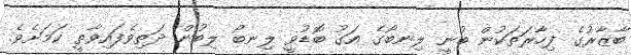
ބާޒާރުގެ ފިހާރަތަކުން ބުނީ ލިނބޯގެ އަގު ބޮޑުވީ ލިނބޯ ލިބުން ދަތިވެފައިވާތީ ކަމަށެވެ.